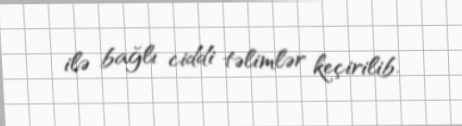
ilə bağlı ciddi təlimlər keçirilib.